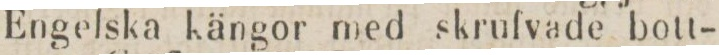
Engelska kängor med skrufvade bott-